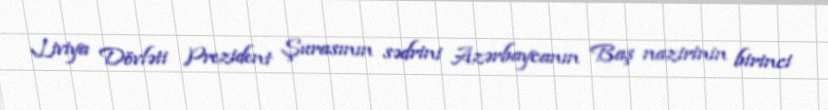
Liviya Dövləti Prezident Şurasının sədrini Azərbaycanın Baş nazirinin birinci